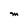
Character: m